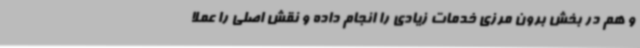
و هم در بخش برون مرزی خدمات زیادی را انجام داده و نقش اصلی را عملا